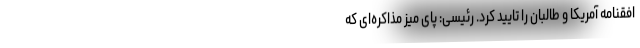
افقنامه آمریکا و طالبان را تایید کرد. رئیسی: پای میز مذاکره‌ای که